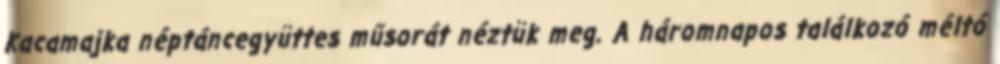
Kacamajka néptáncegyüttes műsorát néztük meg. A háromnapos találkozó méltó